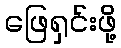
ဖြေရှင်းဖို့